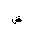
Letter: _dad